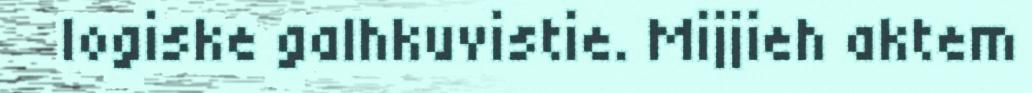
logiske galhkuvistie. Mijjieh aktem